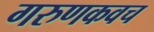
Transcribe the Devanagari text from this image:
गरुणकवच